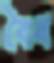
বৈধ